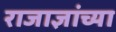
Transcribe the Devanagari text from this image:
राजाज्ञांच्या